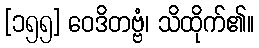
[၁၅၅] ဝေဒိတဗ္ဗံ၊ သိထိုက်၏။